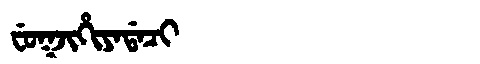
Manchu: ᠸᡠᡴᠵᡳᡥᡳᠶᠠᡩᠠᠴᡳ
Romanization: FUKJIHIYADACI